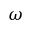
\omega